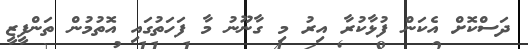
ދަސްކޮށް އެކަން ފުޅާކުރާ އިރު މި ގާނޫނު މާ ފަހަތުގައި އޮތުމުން ތަންފީޒީ